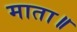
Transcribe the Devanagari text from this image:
माता॥